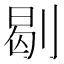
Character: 㓭